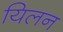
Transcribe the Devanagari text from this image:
यिलन